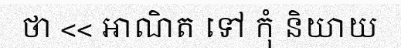
ថា << អាណិត ទៅ កុំ និយាយ